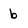
Character: b